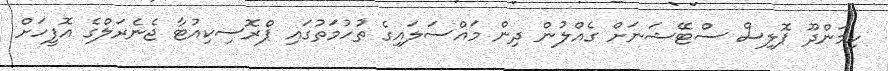
ހިމަންދޫ ޕޮލިސް ސްޓޭޝަނަށް ގެއްލުން ދިން މައްސަލައިގެ ތުހުމަތުގައި ޕްރޮސިކިއުޓާ ޖެނެރަލްގެ އޮފީހަށް